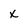
Character: x